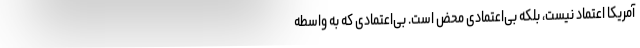
آمریکا اعتماد نیست، بلکه بی‌اعتمادی محض است. بی‌اعتمادی که به واسطه